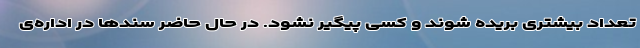
تعداد بیشتری بریده شوند و کسی پیگیر نشود. در حال حاضر سندها در اداره‌ی